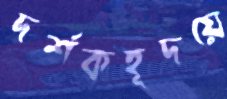
দর্শকহূদয়ে